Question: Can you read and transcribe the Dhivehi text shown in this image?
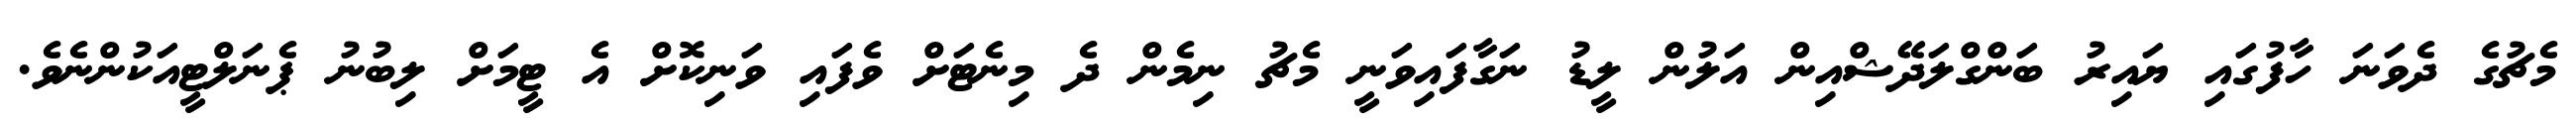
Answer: މެޗުގެ ދެވަނަ ހާފުގައި ޔައިރު ބަންގްލަދޭޝްއިން އަލުން ލީޑު ނަގާފައިވަނީ މެޗު ނިމެން ދެ މިނެޓަށް ވެފައި ވަނިކޮށް އެ ޓީމަށް ލިބުނު ޕެނަލްޓީއަކުންނެވެ.